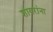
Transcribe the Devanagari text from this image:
शायरांना